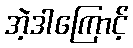
အဲ့ဒါကြောင့်